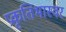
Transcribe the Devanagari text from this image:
प्रकृतिभास्वर